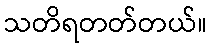
သတိရတတ်တယ်။